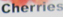
Cherries